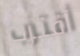
أقترب